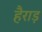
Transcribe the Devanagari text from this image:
हैराड़